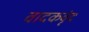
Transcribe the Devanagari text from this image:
वादकवृंद